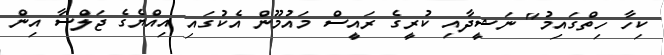
ކިހާ ހިތްގައިމު" ނަޝީދާއި ކުރީގެ ރައީސް މައުމޫން އެކުގައި އިއްޔެގެ ޖަލްސާ އިން